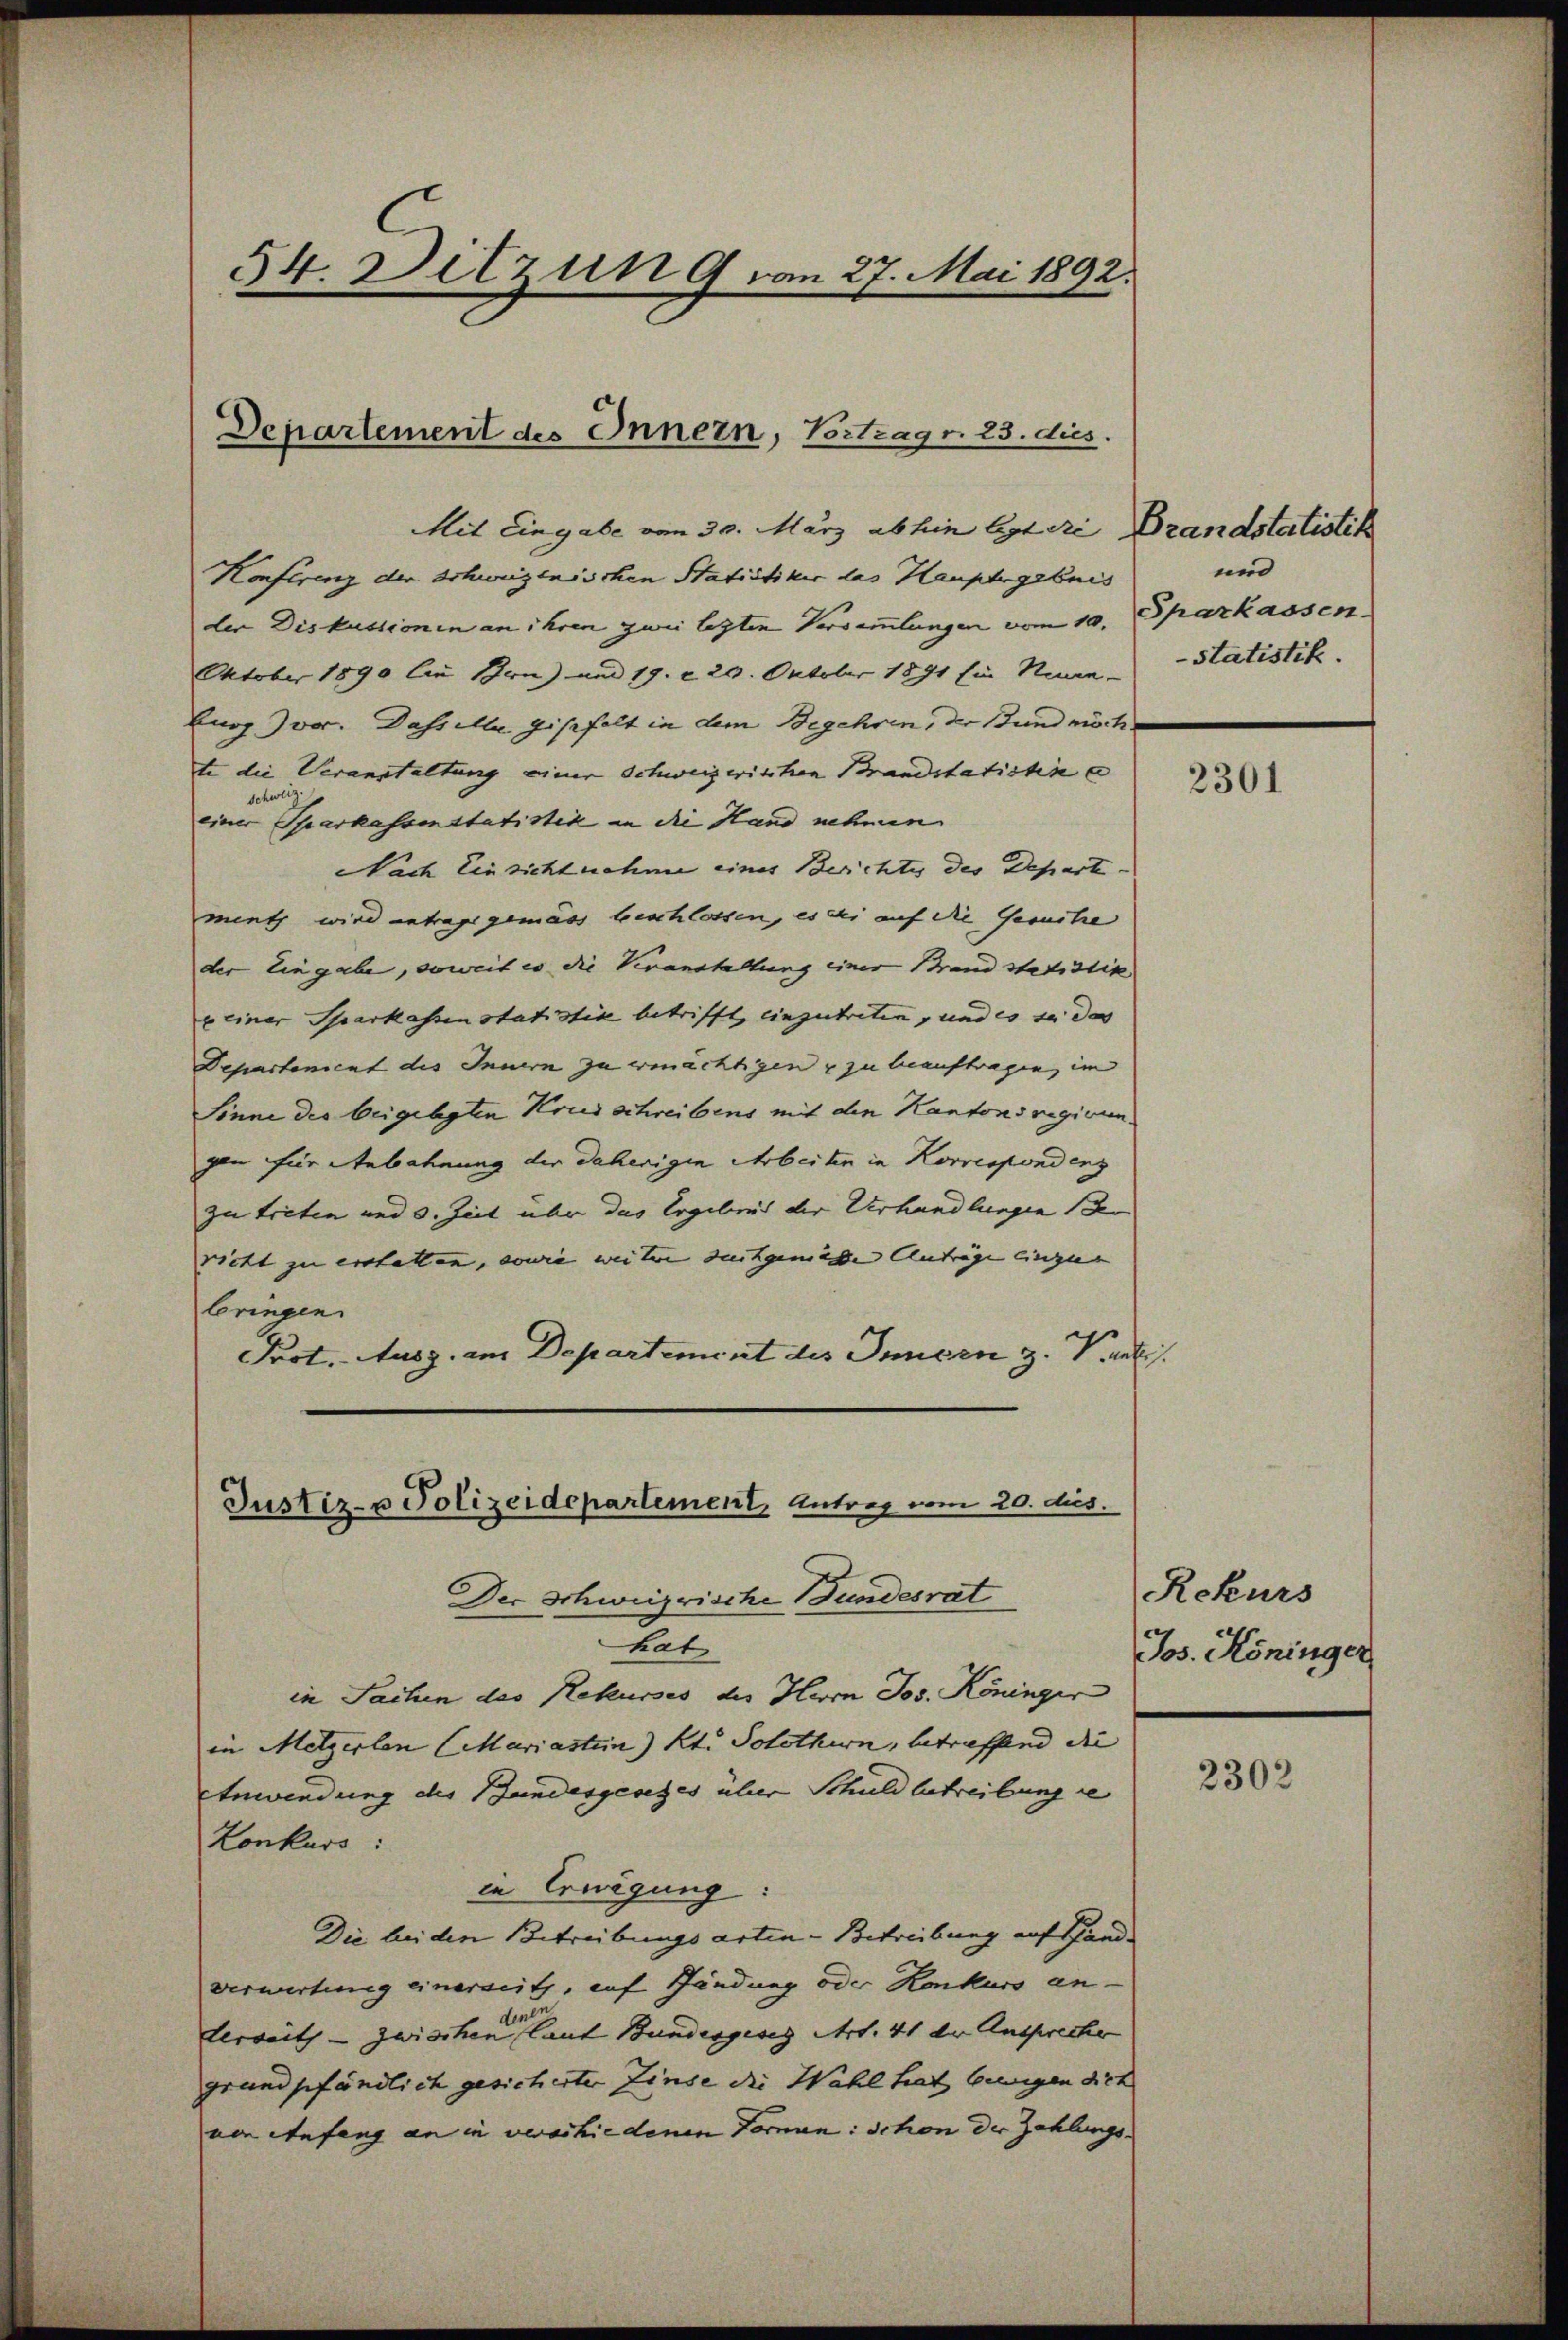
54. Ditzung von 27. Mai 1892.

Departement des Innern, Vortrag r. 23. dies

Mit Eingabe von 30. März abhin liegt die
Konferenz der Schweizenischen Statistiker las Hauptergebnis
der Diskussionen an ihren zwei lezten Versammlungen vom 10.
Oktober 1890 lie Bern) und 19. d. 20. Oktober 1891 ein Name Statistik.
burg vor. Dass Mr. Gisehalt in dem Begehren, der Bund möchte die Veranstaltung einer Schweizerischen Brandstatistin e
schweiz.
einer Sparkassenstatistik an die Hand nehmen
Nach Einsicht nehme eines Berichtes des Departi-
ment wird antragsgemäss beschlossen, es der auf die Gesuche
der Eingabe, soweit es die Veranstaltung einer Brand statistik
e einer Sparkassen statistik betrifft, einzutreten, und es so das |
Departenient des Innern zu ermächtigen u zu beauftragen, im
Sinne des beigelegten Krus schreibens mit den Kantons regirun
gen für Anbahnung der daherigen Arbeiten in Korrespondenz
zu treten und 3. Zeit über das Ergebnis der Verhandlungen 13
richt zu erstellen, sowie weitere suchgewiese Anträge einzu |
bringen.
Frot. Ausg. am Departement des Innern z. V. a.

Justiz- u Polizeidepartement, Antrag vom 20. dus.

Brandstatistik
und
Sparkassen.

Der Schweizerische Bundesrat
hat
in Sachen des Rekurses der Herrn Jos. Köninger
in Melzerlen (Mariasten) Kt. Solothurn, betreffend die |
Anwendung des Bundesgesetzes über Schuldbetreibung se
Konkurs:
in Erwägung:
Die bei den Betreibungsarten-Betreibung auf Handverwertung einerseith, auf Händung oder Konkurs an-
lerseits - zwischen (laut Bundesgesez Art. 41 der Anspreche
grundpfändlich gesicherter Zinse die Wahl hat beigen dich
ven Anfang an in verschiedenen Forman: Schon der Zahlungs-

2301

Rekurs
Jos. Köninger

2302